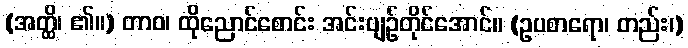
(အတ္ထိ၊ ၏။) တာဝ၊ ထိုညောင်စောင်း အင်းပျဉ်တိုင်အောင်။ (ဥပစာရော၊ တည်း၊)